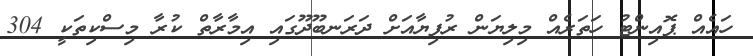
ހައެއް ޕޮއިންޓު ހަތަރެއް މިލިޔަން ރުފިޔާއަށް ދަރަނބޫދޫގައި އިމާރާތް ކުރާ މިސްކިތަކީ 304